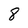
Character: 8